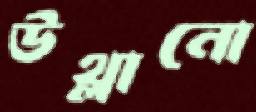
উথ্‌লানো